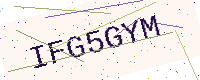
Text: IFG5GYM